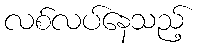
လစ်လပ်နေသည့်